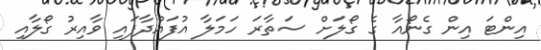
އިންޓަ އިން ގެނޯއާ ގެ ގޯލަށް ސަތާރަ ހަމަލާ އުފައްދާފައި ވާއިރު ގޯލާއި